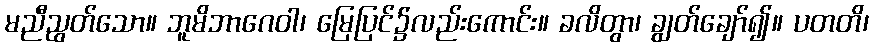
မညီညွတ်သော။ ဘူမိဘာဂေဝါ၊ မြေပြင်၌လည်းကောင်း။ ခလိတွာ၊ ချွတ်ချော်၍။ ပတတိ၊